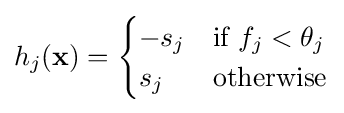
h_{j}(\mathbf {x} )={\begin{cases}-s_{j}&{\text{if }}f_{j}<\theta _{j}\\s_{j}&{\text{otherwise}}\end{cases}}